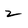
Character: 2